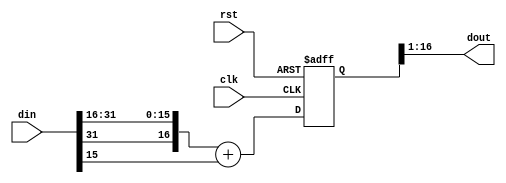
module real_rnd #
 (     
   parameter   IN_WIDTH                        =  32 ,
   parameter   RND_WIDTH                       =  16 
) (
   input                                        clk,
   input                                        rst,
   input      [ IN_WIDTH-1 :0]                  din,
   
   output     [ IN_WIDTH-RND_WIDTH-1:0]         dout
  );
  
 //***********************define****************************//
 reg    [IN_WIDTH - RND_WIDTH : 0]       dout_tmp;
  
 assign dout = dout_tmp[ IN_WIDTH - RND_WIDTH :1];
  
 always@(posedge clk or posedge rst)
 begin
   if( rst == 1'b1 )
      dout_tmp        <= {{ IN_WIDTH - RND_WIDTH +1 }{1'b0}};
   else
      dout_tmp        <= {din[IN_WIDTH-1],din[IN_WIDTH-1:RND_WIDTH]} + din[RND_WIDTH-1];
 end
  

endmodule